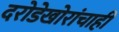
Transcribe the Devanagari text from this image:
दरोडेखोरांचाही